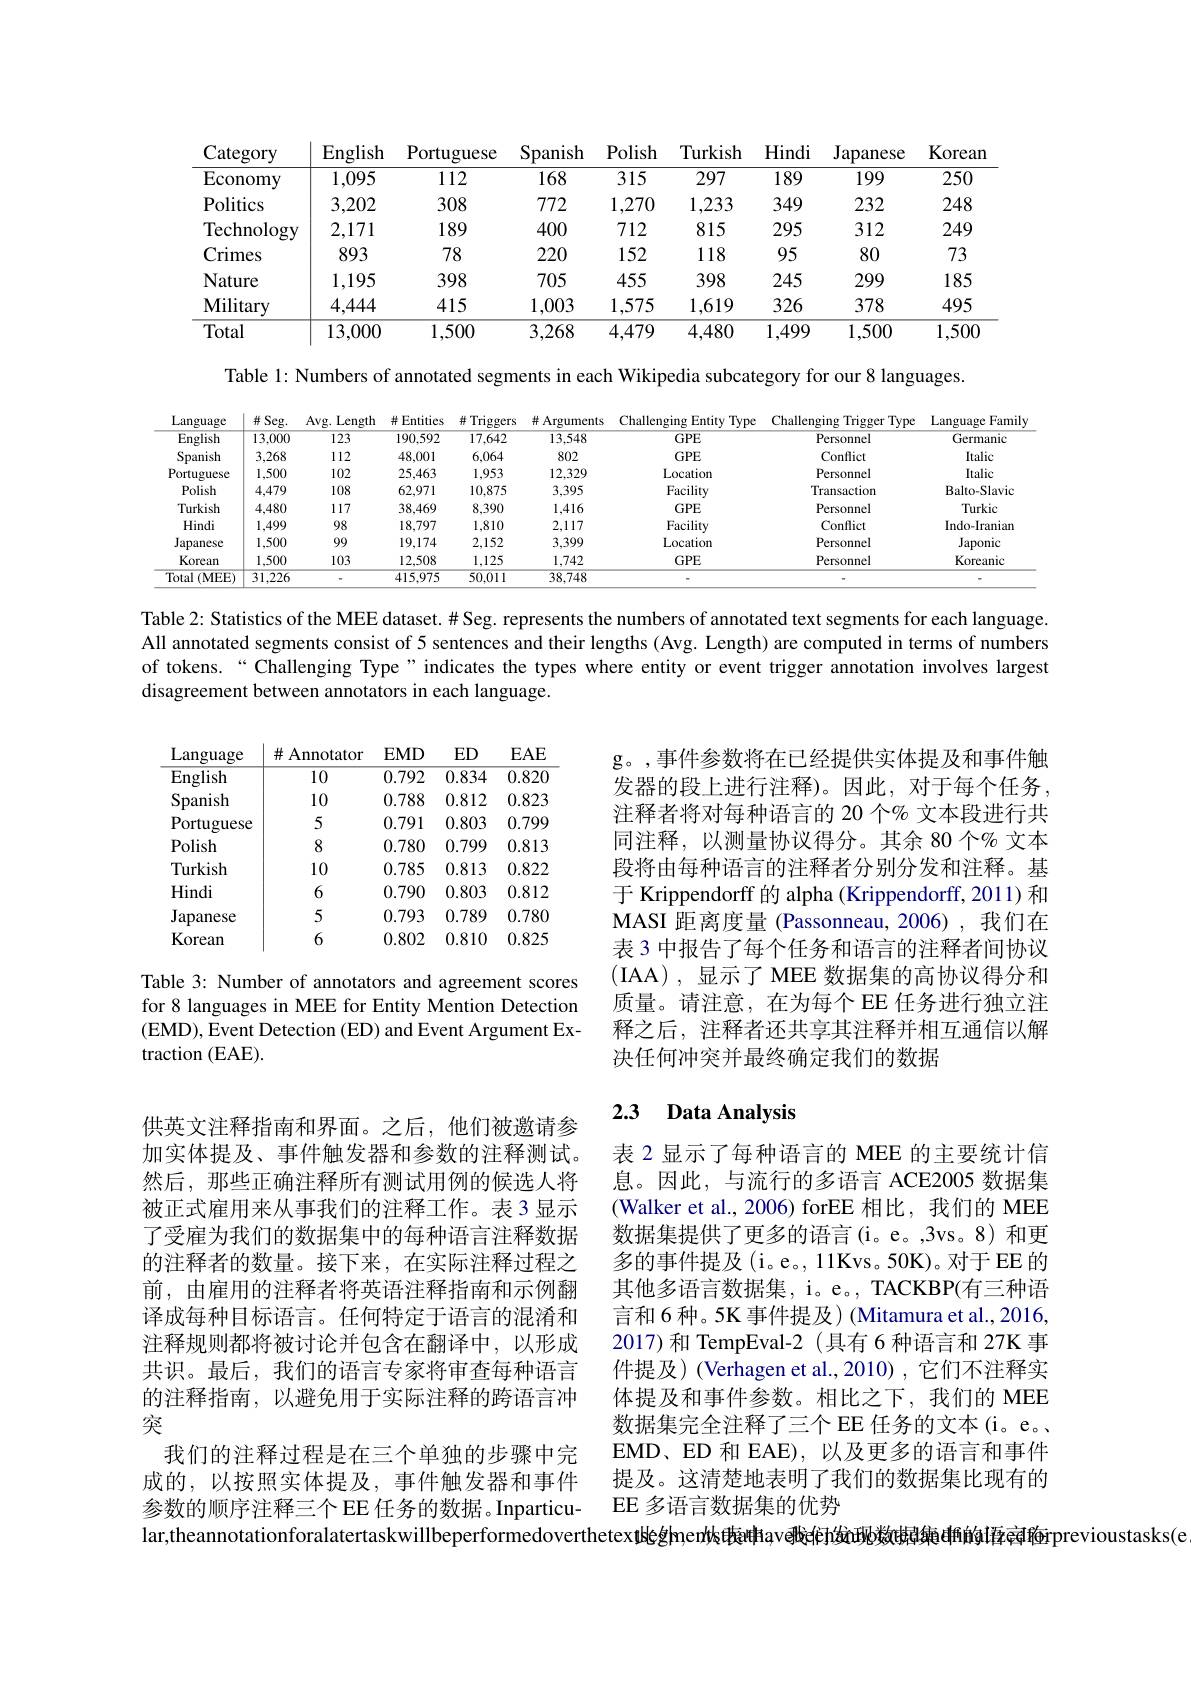
<table>
	<tbody>
		<tr>
			<th>Category</th>
			<th>English</th>
			<th>Portuguese</th>
			<th>Spanish</th>
			<th>Polish</th>
			<th>Turkish</th>
			<th>Hindi</th>
			<th>Japanese</th>
			<th>Korean</th>
		</tr>
		<tr>
			<td>$\operatorname{Economy}$</td>
			<td>1,095</td>
			<td>112</td>
			<td>168</td>
			<td>315</td>
			<td>297</td>
			<td>189</td>
			<td>199</td>
			<td>250</td>
		</tr>
		<tr>
			<td>Politics</td>
			<td>3,202</td>
			<td>308</td>
			<td>772</td>
			<td>1,270</td>
			<td>1,233</td>
			<td>349</td>
			<td>232</td>
			<td>248</td>
		</tr>
		<tr>
			<td>Technology</td>
			<td>2,171</td>
			<td>189</td>
			<td>400</td>
			<td>712</td>
			<td>815</td>
			<td>295</td>
			<td>312</td>
			<td>249</td>
		</tr>
		<tr>
			<td>Crimes</td>
			<td>893</td>
			<td>78</td>
			<td>220</td>
			<td>152</td>
			<td>118</td>
			<td>95</td>
			<td>80</td>
			<td>73</td>
		</tr>
		<tr>
			<td>Nature</td>
			<td>1,195</td>
			<td>398</td>
			<td>705</td>
			<td>455</td>
			<td>398</td>
			<td>245</td>
			<td>299</td>
			<td>185</td>
		</tr>
		<tr>
			<td>Military</td>
			<td>4,444</td>
			<td>415</td>
			<td>1,003</td>
			<td>1,575</td>
			<td>1,619</td>
			<td>326</td>
			<td>378</td>
			<td>495</td>
		</tr>
		<tr>
			<td>Total</td>
			<td>13,000</td>
			<td>1,500</td>
			<td>3,268</td>
			<td>4,479</td>
			<td>4,480</td>
			<td>$\overline{1,499}$</td>
			<td>1,500</td>
			<td>1,500</td>
		</tr>
	</tbody>
</table>

Table 1: Numbers of annotated segments in each Wikipedia subcategory for our 8 languages.

<table>
	<tbody>
		<tr>
			<th>Language</th>
			<th>$\#\operatorname{Seg}.$</th>
			<th>Avg. Length</th>
			<th># Entities</th>
			<th>$\#$Triggers</th>
			<th>$\#$ Arguments</th>
			<th>Challenging Entity Type</th>
			<th>Challenging $:Type$ L $1gger$</th>
			<th>Language</th>
		</tr>
		<tr>
			<td>English</td>
			<td>$\overline{13,000}$</td>
			<td>$\overline{123}$</td>
			<td>190,592</td>
			<td>17,642</td>
			<td>13,548</td>
			<td>$GPE$</td>
			<td>Personnel</td>
			<td>Germanic</td>
		</tr>
		<tr>
			<td>Spanish</td>
			<td>3,268</td>
			<td>112</td>
			<td>48,001</td>
			<td>6,064</td>
			<td>802</td>
			<td>$GPE$</td>
			<td>Conflict</td>
			<td>Italic</td>
		</tr>
		<tr>
			<td>Portuguese</td>
			<td>1,500</td>
			<td>102</td>
			<td>25,463</td>
			<td>1,953</td>
			<td>12,329</td>
			<td>Location</td>
			<td>Personnel</td>
			<td>Italic</td>
		</tr>
		<tr>
			<td>Polish</td>
			<td>4,479</td>
			<td>108</td>
			<td>62,971</td>
			<td>10,875</td>
			<td>3,395</td>
			<td>Facility</td>
			<td>Transaction</td>
			<td>Balto-Slavic</td>
		</tr>
		<tr>
			<td>Turkish</td>
			<td>4,480</td>
			<td>117</td>
			<td>38,469</td>
			<td>8,390</td>
			<td>1,416</td>
			<td>$GPE$</td>
			<td>Personnel</td>
			<td>Turkic</td>
		</tr>
		<tr>
			<td>Hindi</td>
			<td>1,499</td>
			<td>98</td>
			<td>18,797</td>
			<td>1,810</td>
			<td>2,117</td>
			<td>Facility</td>
			<td>Conflict</td>
			<td>Indo-Iranian</td>
		</tr>
		<tr>
			<td>Japanese</td>
			<td>1,500</td>
			<td>99</td>
			<td>19,174</td>
			<td>2,152</td>
			<td>3,399</td>
			<td>Location</td>
			<td>Personnel</td>
			<td>Japonic</td>
		</tr>
		<tr>
			<td>Korean</td>
			<td>1,500</td>
			<td>103</td>
			<td>12,508</td>
			<td>1,125</td>
			<td>1,742</td>
			<td>$GPE$</td>
			<td>Personnel</td>
			<td>Koreanic</td>
		</tr>
		<tr>
			<td>Total $(\mathbf{MEE})$</td>
			<td>$\overline{31.226}$</td>
			<td> </td>
			<td>415.975</td>
			<td>50,011</td>
			<td>38.748</td>
			<td> </td>
			<td> </td>
			<td> </td>
		</tr>
	</tbody>
</table>

Table 2: Statistics of the MEE dataset.# Seg. represents the numbers of annotated text segments for each language. All annotated segments consist of 5 sentences and their lengths (Avg. Length) are computed in terms of numbers of tokens.“Challenging Type”indicates the types where entity or event trigger annotation involves largest disagreement between annotators in each language.

<table>
	<tbody>
		<tr>
			<th>Language</th>
			<th>$\#$ Annotator</th>
			<th>$EMD$</th>
			<th>ED</th>
			<th>$EAE$</th>
		</tr>
		<tr>
			<td>English</td>
			<td>10</td>
			<td>0.792</td>
			<td>0.834</td>
			<td>0.820</td>
		</tr>
		<tr>
			<td>Spanish</td>
			<td>10</td>
			<td>0.788</td>
			<td>0.812</td>
			<td>0.823</td>
		</tr>
		<tr>
			<td>Portuguese</td>
			<td>5</td>
			<td>0.791</td>
			<td>0.803</td>
			<td>0.799</td>
		</tr>
		<tr>
			<td>Polish</td>
			<td>8</td>
			<td>0.780</td>
			<td>0.799</td>
			<td>0.813</td>
		</tr>
		<tr>
			<td>Turkish</td>
			<td>10</td>
			<td>0.785</td>
			<td>0.813</td>
			<td>0.822</td>
		</tr>
		<tr>
			<td>Hindi</td>
			<td>6</td>
			<td>0.790</td>
			<td>0.803</td>
			<td>0.812</td>
		</tr>
		<tr>
			<td>Japanese</td>
			<td>5</td>
			<td>0.793</td>
			<td>0.789</td>
			<td>0.780</td>
		</tr>
		<tr>
			<td>Korean</td>
			<td>6</td>
			<td>0.802</td>
			<td>0.810</td>
			<td>0.825</td>
		</tr>
	</tbody>
</table>

g。,事件参数将在已经提供实体提及和事件触发器的段上进行注释)。因此，对于每个任务， 注释者将对每种语言的 20 个% 文本段进行共同注释，以测量协议得分。其余 80 个% 文本段将由每种语言的注释者分别分发和注释。基于 Krippendorff 的 alpha (Krippendorff, 2011) 和MASI 距离度量 (Passonneau, 2006) ,我们在表 3 中报告了每个任务和语言的注释者间协议(IAA),显示了 MEE 数据集的高协议得分和质量。请注意，在为每个EE 任务进行独立注释之后，注释者还共享其注释并相互通信以解决任何冲突并最终确定我们的数据

Table 3: Number of annotators and agreement scores for 8 languages in MEE for Entity Mention Detection (EMD), Event Detection (ED) and Event Argument Extraction (EAE)

## 2.3 Data Analysis

供英文注释指南和界面。之后，他们被邀请参加实体提及、事件触发器和参数的注释测试。然后，那些正确注释所有测试用例的候选人将被正式雇用来从事我们的注释工作。表3显示了受雇为我们的数据集中的每种语言注释数据的注释者的数量。接下来，在实际注释过程之前，由雇用的注释者将英语注释指南和示例翻译成每种目标语言。任何特定于语言的混淆和注释规则都将被讨论并包含在翻译中，以形成共识。最后，我们的语言专家将审查每种语言的注释指南，以避免用于实际注释的跨语言冲突
我们的注释过程是在三个单独的步骤中完成的，以按照实体提及，事件触发器和事件参数的顺序注释三个EE 任务的数据。Inparticu-

表 2 显示了每种语言的 MEE 的主要统计信息。因此，与流行的多语言 ACE2005 数据集(Walker et al., 2006) forEE 相比，我们的 MEE 数据集提供了更多的语言(i。e。,3vs。8) 和更多的事件提及(i。e。, 11Kvs。50K)。对于 EE 的其他多语言数据集，i。e。, TACKBP(有三种语言和6种。5K事件提及)(Mitamura et al., 2016, 2017)和 TempEval-2(具有 6 种语言和 27K 事件提及)(Verhagen et al.,2010) ,它们不注释实体提及和事件参数。相比之下，我们的 MEE 数据集完全注释了三个 EE 任务的文本 (i。e。、 EMD、ED 和 EAE), 以及更多的语言和事件提及。这清楚地表明了我们的数据集比现有的EE 多语言数据集的优势